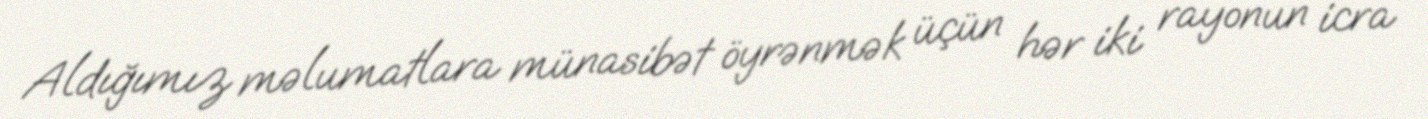
Aldığımız məlumatlara münasibət öyrənmək üçün hər iki rayonun icra